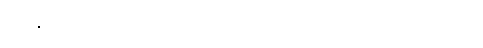
တချို့ကတော့ အပေါ်ကပါးပြီး အောက်က ထူသည်။